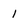
Character: 1